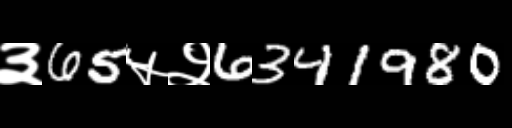
Text: ३65५२6341980